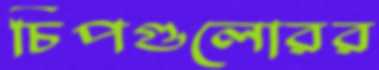
চিপগুলোরর